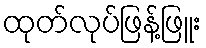
ထုတ်လုပ်ဖြန့်ဖြူး